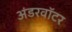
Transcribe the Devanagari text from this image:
अंडरवॉटर